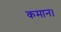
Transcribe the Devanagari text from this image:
कमान।